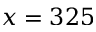
x = 3 2 5